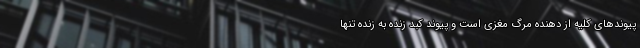
پیوندهای کلیه از دهنده مرگ مغزی است و پیوند کبد زنده به زنده تنها